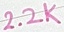
Text: 2.2K